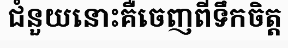
ជំនួយនោះគឺចេញពីទឹកចិត្ត